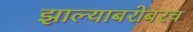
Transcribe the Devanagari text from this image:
झाल्याबरोबरच